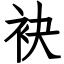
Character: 袂